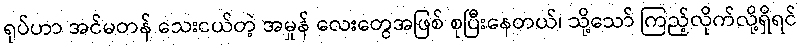
ရုပ်ဟာ အင်မတန် သေးငယ်တဲ့ အမှုန် လေးတွေအဖြစ် စုပြီးနေတယ်၊ သို့သော် ကြည့်လိုက်လို့ရှိရင်